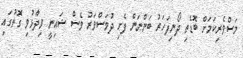
މަސްވެރިކަމަށް ބޮޑެތި ދޯނިފަހަރު ބަންނަން ފެށި ދުވަސްވަރު ވެސް ޝައިނީ ވިދާޅުވި ގޮތުގައި